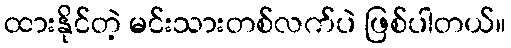
ထားနိုင်တဲ့ မင်းသားတစ်လက်ပဲ ဖြစ်ပါတယ်။